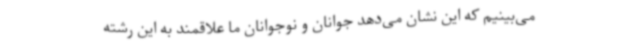
می‌بینیم که این نشان می‌دهد جوانان و نوجوانان ما علاقمند به این رشته